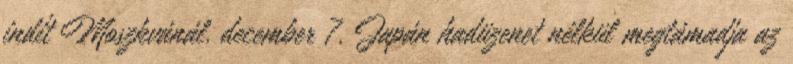
indít Moszkvánál. december 7. Japán hadüzenet nélkül megtámadja az